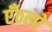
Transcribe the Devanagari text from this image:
एँठलों